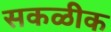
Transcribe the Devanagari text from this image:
सकळीक